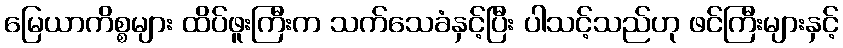
မြေယာကိစ္စများ ထိပ်ဖူးကြီးက သက်သေခံနှင့်ပြီး ပါသင့်သည်ဟု ဖင်ကြီးများနှင့်